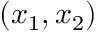
( x _ { 1 } , x _ { 2 } )